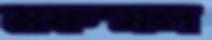
মফস্সল